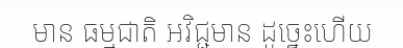
មាន ធម្មជាតិ អវិជ្ជមាន ដូច្នេះហើយ